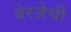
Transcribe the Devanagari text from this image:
बेरजेची